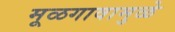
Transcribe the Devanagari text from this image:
मूळगावामुळे